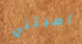
أصبتني